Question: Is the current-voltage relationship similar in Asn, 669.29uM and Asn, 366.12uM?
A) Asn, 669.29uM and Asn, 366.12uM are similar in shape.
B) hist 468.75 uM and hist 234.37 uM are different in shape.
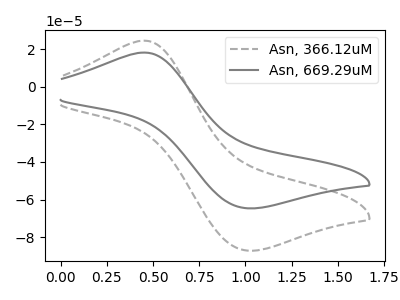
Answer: <think>The gray dashed curve "Asn, 366.12uM" has an anodic peak at (0.45V, 24.55uA) and a cathodic peak at (1.00V, -87.15uA). The gray curve "Asn, 669.29uM" has an anodic peak at (0.45V, 18.20uA) and a cathodic peak at (1.00V, -64.65uA).
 All the peaks in "Asn, 669.29uM" have a peak in "Asn, 366.12uM" at the same potential. Every peak in "Asn, 669.29uM" is lower than every peak in "Asn, 366.12uM".</think>
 <answer>A) "Asn, 669.29uM" and "Asn, 366.12uM" are similar in shape.</answer>
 <eval>A</eval>